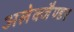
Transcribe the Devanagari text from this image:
अलेक्जैण्डर